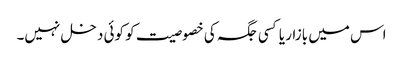
اس میں بازار یا کسی جگہ کی خصوصیت کو کوئی دخل نہیں۔